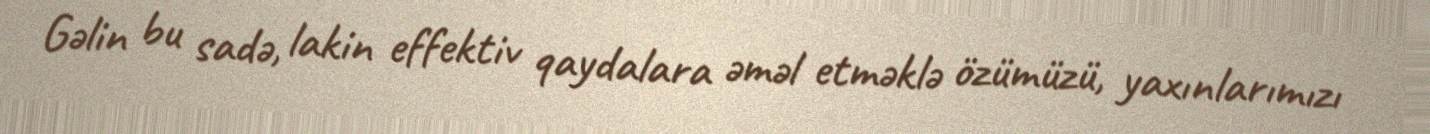
Gəlin bu sadə, lakin effektiv qaydalara əməl etməklə özümüzü, yaxınlarımızı